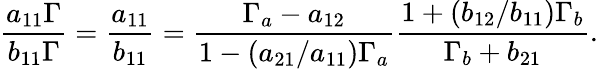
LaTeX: \frac{a_{11}\Gamma}{b_{11}\Gamma}=\frac{a_{11}}{b_{11}}=\frac{\Gamma_{a}-a_{12}}{1-(a_{21}/a_{11})\Gamma_{a}}\frac{1+(b_{12}/b_{11})\Gamma_{b}}{\Gamma_{b}+b_{21}}.